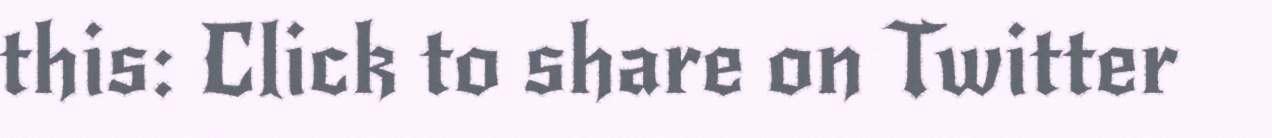
this: Click to share on Twitter